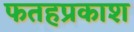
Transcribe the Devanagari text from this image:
फतहप्रकाश